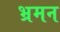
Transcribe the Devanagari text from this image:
भ्रमन